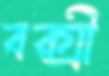
বক্সী